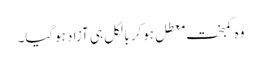
وہ کمبخت معطل ہوکر بالکل ہی آزاد ہوگیا۔